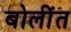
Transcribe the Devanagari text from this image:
बोलींत